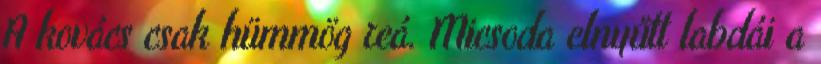
A kovács csak hümmög reá. Micsoda elnyűtt labdái a